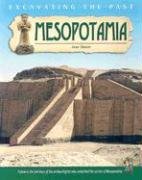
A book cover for Mesopotamia (Excavating the Past); Jane Shuter; History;